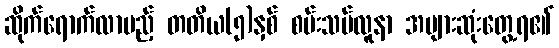
ဆိုက်ရောက်လာမည့် တတိယ(၅)နှစ် စမ်းသပ်လူနာ အများဆုံးတွေ့ရ၏